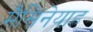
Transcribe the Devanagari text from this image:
मैसिनेयाह